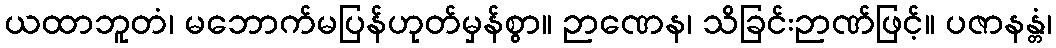
ယထာဘူတံ၊ မဘောက်မပြန်ဟုတ်မှန်စွာ။ ဉာဏေန၊ သိခြင်းဉာဏ်ဖြင့်။ ပဇာနန္တံ၊